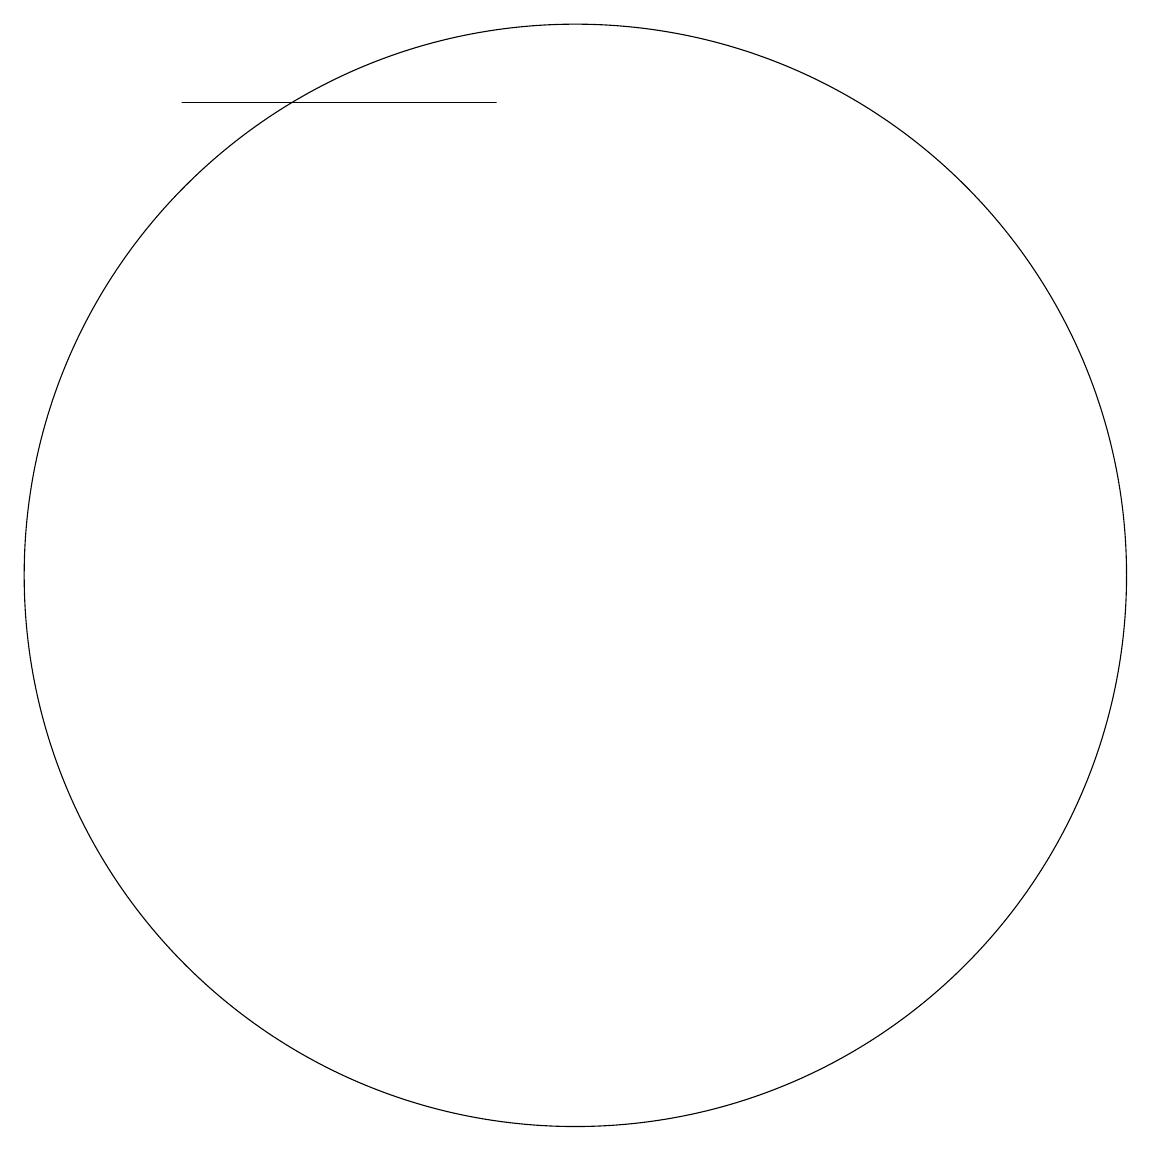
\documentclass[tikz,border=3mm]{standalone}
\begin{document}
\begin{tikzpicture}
\draw (9,18) rectangle (5,18);
\draw (10,12) circle (7);
\draw (12,11) circle (0);
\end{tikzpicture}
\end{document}